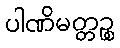
ပါဏိမတ္တဉ္စ